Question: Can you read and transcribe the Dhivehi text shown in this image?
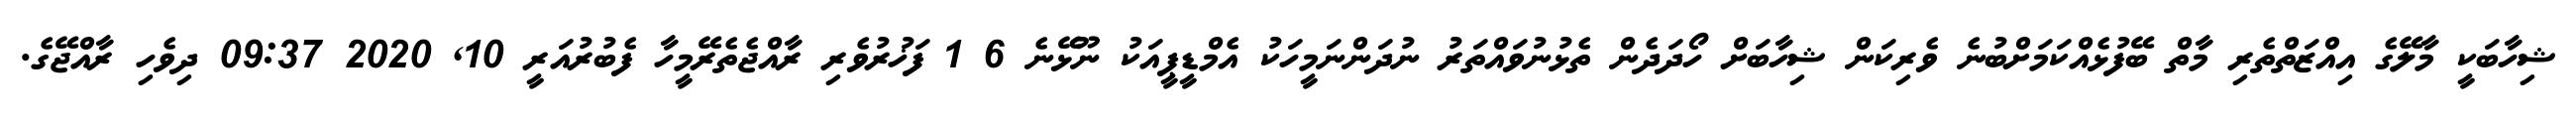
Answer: ޝިހާބަކީ މާލޭގެ އިއްޒަތްތެރި މާތް ބޭފުޅެއްކަމަށްބުނެ ވެރިކަން ޝިހާބަށް ހޯދަދެން ތެޅުނުވައްތަރު ނުދަންނަމީހަކު އެމްޑީޕީއަކު ނޫޅޭނެ 6 1 ފަޚުރުވެރި ރާއްޖެތެރޭމީހާ ފެބުރުއަރީ 10, 2020 09:37 ދިވެހި ރާއްޖޭގެ.